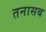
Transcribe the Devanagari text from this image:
तनासब